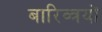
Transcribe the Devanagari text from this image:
बारिव्त्रयों